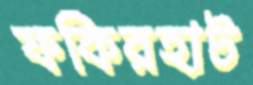
ফকিরহাট